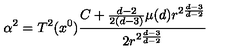
\alpha ^ { 2 } = T ^ { 2 } ( x ^ { 0 } ) \frac { C + \frac { d - 2 } { 2 ( d - 3 ) } \mu ( d ) r ^ { 2 \frac { d - 3 } { d - 2 } } } { 2 r ^ { 2 \frac { d - 3 } { d - 2 } } }